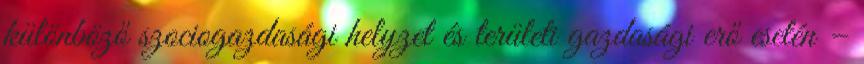
különböző szociogazdasági helyzet és területi gazdasági erő esetén –